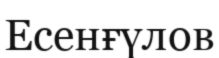
Есенғүлов